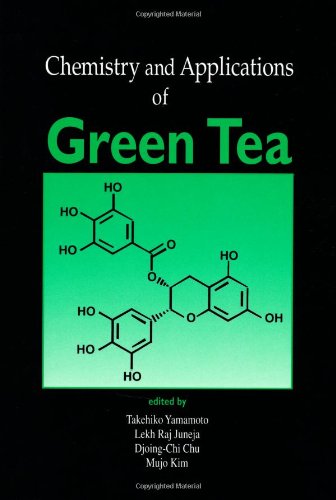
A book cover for Chemistry and Applications of Green Tea; Takehiko Yamamoto; Medical Books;